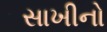
સાખીનો